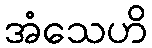
အံသေဟိ